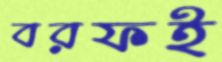
বরফই